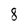
Character: 8